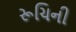
રૂચિની